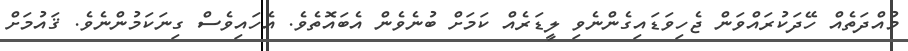
މުއްދަތެއް ހޭދަކުރައްވަން ޖެހިވަޑައިގެންނެވި ލީޑަރެއް ކަމަށް ބުނެވެން އެބައޮތެވެ. އެހައިވެސް ގިނަކަމުންނެވެ. ޤައުމަށް